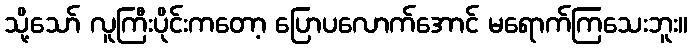
သို့သော် လူကြီးပိုင်းကတော့ ပြောပလောက်အောင် မရောက်ကြသေးဘူး။